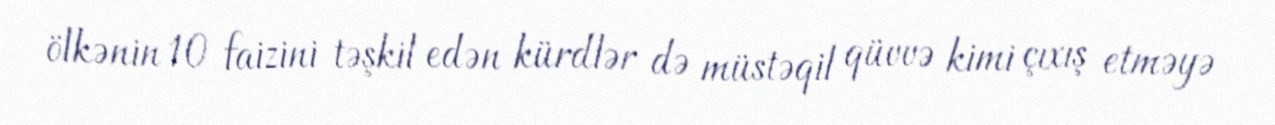
ölkənin 10 faizini təşkil edən kürdlər də müstəqil qüvvə kimi çıxış etməyə